Scottish Leaving Certificate Examination, 1959
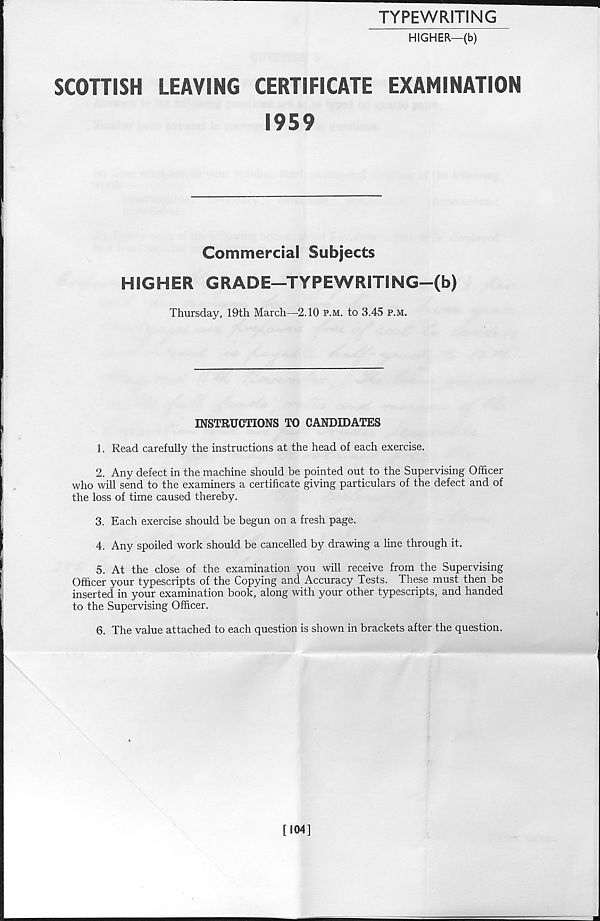
TYPEWRITING
HIGHER—(b)
SCOHISH
LEAVING
CERTIFICATE
EXAMINATION
1959
Commercial Subjects
HIGHER GRADE—TYPEWRITING—(b)
Thursday, 19th March—2.10 p.m. to 3.45 p.m.
INSTRUCTIONS TO CANDIDATES
1. Read carefully the instructions at the head of each exercise.
2. Any defect in the machine should be pointed out to the Supervising Officer
who will send to the examiners a certificate giving particulars of the defect and of
the loss of time caused thereby.
3. Each exercise should be begun on a fresh page.
4. Any spoiled work should be cancelled by drawing a line through it.
5. At the close of the examination you will receive from the Supervising
Officer your typescripts of the Copying and Accuracy Tests. These must then be
inserted in your examination book, along with your other typescripts, and handed
to the Supervising Officer.
6. The value attached to each question is shown in brackets after the question.
[104]